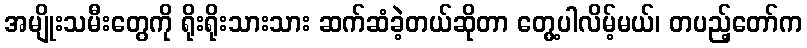
အမျိုးသမီးတွေကို ရိုးရိုးသားသား ဆက်ဆံခဲ့တယ်ဆိုတာ တွေ့ပါလိမ့်မယ်၊ တပည့်တော်က